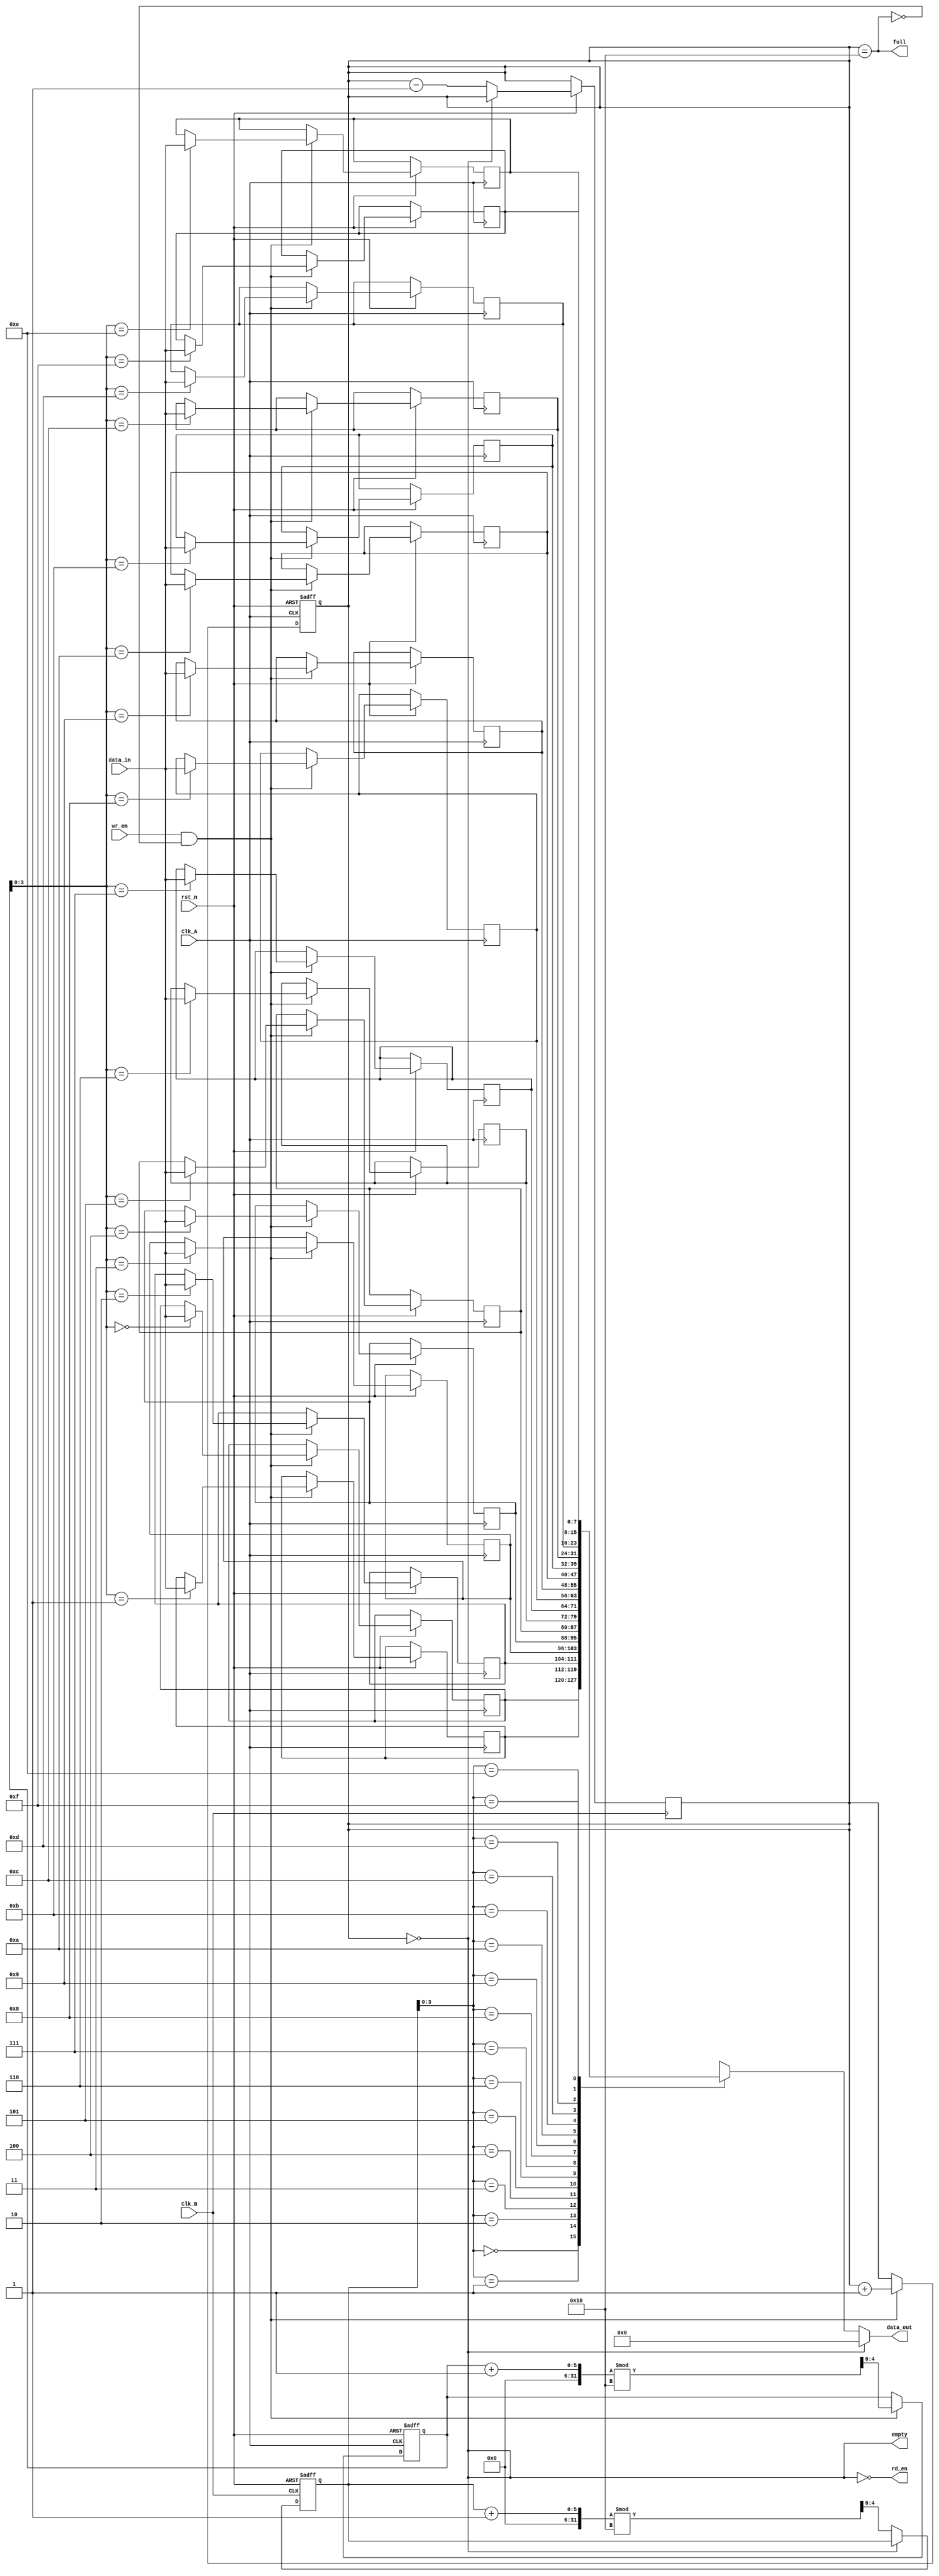
module fifo_synchronizer #(
    parameter DATA_WIDTH = 8,
    parameter FIFO_DEPTH = 16
)(
    input wire Clk_A,
    input wire Clk_B,
    input wire rst_n,          // Active low reset
    input wire wr_en,         // Write enable signal
    input wire [DATA_WIDTH-1:0] data_in, // Data input
    output wire rd_en,        // Read enable signal
    output wire [DATA_WIDTH-1:0] data_out, // Data output
    output wire full,         // FIFO full flag
    output wire empty         // FIFO empty flag
);

    // FIFO memory
    reg [DATA_WIDTH-1:0] fifo_mem [0:FIFO_DEPTH-1];
    reg [4:0] wr_ptr; // Write pointer
    reg [4:0] rd_ptr; // Read pointer
    reg [4:0] count;  // Number of elements in FIFO

    // Write Logic (controlled by Clk_A)
    always @(posedge Clk_A or negedge rst_n) begin
        if (!rst_n) begin
            wr_ptr <= 0;
            count <= 0;
        end else if (wr_en && !full) begin
            fifo_mem[wr_ptr] <= data_in;
            wr_ptr <= (wr_ptr + 1) % FIFO_DEPTH;
            count <= count + 1;
        end
    end

    // Read Logic (controlled by Clk_B)
    always @(posedge Clk_B or negedge rst_n) begin
        if (!rst_n) begin
            rd_ptr <= 0;
        end else if (rd_en && !empty) begin
            rd_ptr <= (rd_ptr + 1) % FIFO_DEPTH;
            count <= count - 1;
        end
    end

    // Status Flags
    assign full = (count == FIFO_DEPTH);
    assign empty = (count == 0);
    assign data_out = (empty) ? {DATA_WIDTH{1'b0}} : fifo_mem[rd_ptr];

    // Read Enable Logic
    assign rd_en = !empty; // Enable read if FIFO is not empty

endmodule